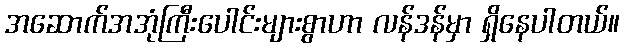
အဆောက်အအုံကြီးပေါင်းများစွာဟာ လန်ဒန်မှာ ရှိနေပါတယ်။